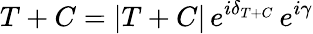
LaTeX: T+C=|T+C|\, e^{i\delta_{T+C}}\, e^{i\gamma}